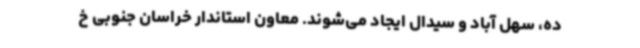
ده، سهل آباد و سیدال ایجاد می‌شوند. معاون استاندار خراسان جنوبی خ